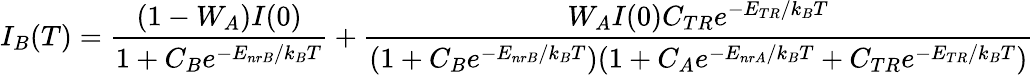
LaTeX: I_{B}(T)=\frac{(1-W_{A})I(0)}{1+C_{B}e^{-E_{nrB}/k_{B}T}}+\frac{W_{A}I(0)C_{TR}e^{-E_{TR}/k_{B}T}}{(1+C_{B}e^{-E_{nrB}/k_{B}T})(1+C_{A}e^{-E_{nrA}/k_{B}T}+C_{TR}e^{-E_{TR}/k_{B}T})}